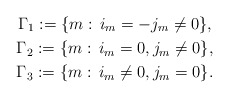
\begin{gather*} \Gamma_1:= \{m:\,i_m=-j_m\ne0\},\\ \Gamma_2:=\{m:\,i_m=0,j_m\ne0\},\\ \Gamma_3:= \{m:\,i_m\ne0,j_m=0\}. \end{gather*}